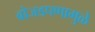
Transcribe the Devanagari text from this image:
बोजडपणामुळे